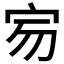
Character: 𡧤